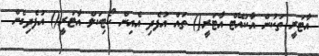
އާޓަރީ ތަކުން އާކުއޭޓް އާޓަރީ() ތައް އުފެދި އެއިން ކޯޓިކަލް އާޓަރީ() އުފެދިގެން